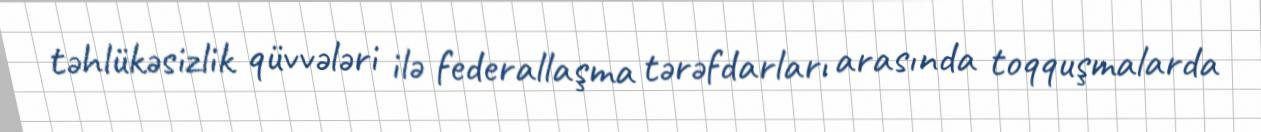
təhlükəsizlik qüvvələri ilə federallaşma tərəfdarları arasında toqquşmalarda